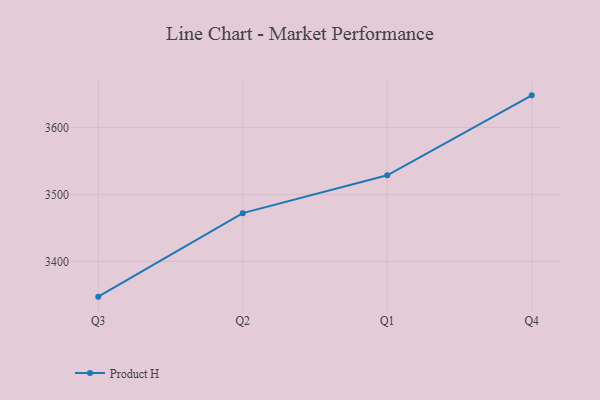
{"axis": {"x": "Quarter", "y": "Bounce Rate (%)"}, "legend": ["Product H"], "data": [{"x": "Q3", "y": 3347.4, "type": "Product H"}, {"x": "Q2", "y": 3472.1, "type": "Product H"}, {"x": "Q1", "y": 3528.6, "type": "Product H"}, {"x": "Q4", "y": 3648.0, "type": "Product H"}]}